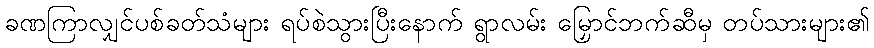
ခဏကြာလျှင်ပစ်ခတ်သံများ ရပ်စဲသွားပြီးနောက် ရွာလမ်း မြှောင်ဘက်ဆီမှ တပ်သားများ၏